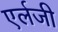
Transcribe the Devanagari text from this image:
एर्लजी